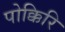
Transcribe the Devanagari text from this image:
पोक्किरि